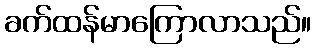
ခက်ထန်မာကြောလာသည်။